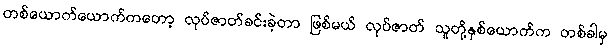
တစ်ယောက်ယောက်ကတော့ လုပ်ဇာတ်ခင်းခဲ့တာ ဖြစ်မယ် လုပ်ဇာတ် သူတို့နှစ်ယောက်က တစ်ခါမှ